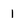
Character: 1